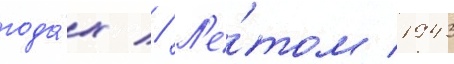
года́х // Л'е́том 1943